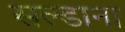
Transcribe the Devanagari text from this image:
सल्डाना